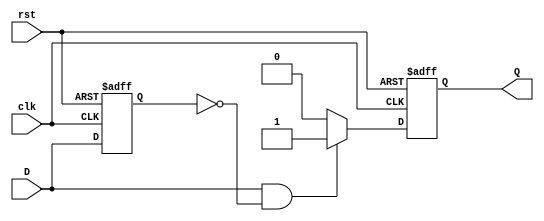
module pos_edge_detector (
    input wire clk,      // Clock signal
    input wire rst,      // Asynchronous reset
    input wire D,        // Input signal
    output reg Q         // Output pulse signal
);

    // Memory block to store the previous state of the input signal
    reg D_prev;

    always @(posedge clk or posedge rst) begin
        if (rst) begin
            // Reset both the previous state and output signal
            D_prev <= 1'b0;
            Q <= 1'b0;
        end else begin
            // Rising edge detection
            if (D == 1'b1 && D_prev == 1'b0) begin
                Q <= 1'b1; // Generate pulse on rising edge
            end else begin
                Q <= 1'b0; // Clear pulse otherwise
            end

            // Update previous state
            D_prev <= D;
        end
    end
endmodule